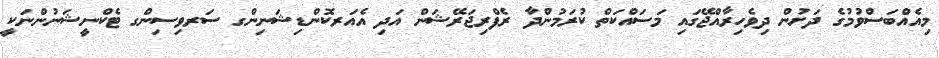
މިއެއްބަސްވުމުގެ ދަށުން ދިވެހިރާއްޖޭގައި މަސައްކަތް ކުރަމުންދާ ރެފްރިޖަރޭޝަން އަދި އެއަރކޮންޑިޝަނިންގ ސަރވިސިންގ ޓެކްނީޝަނުންނަކީ